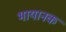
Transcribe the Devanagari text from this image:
भायानक